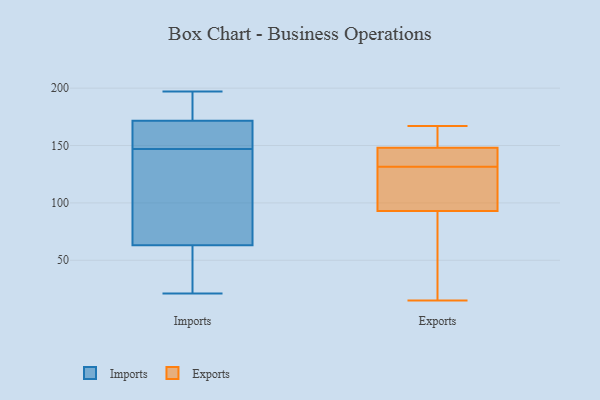
{"axis": {"x": "Latency (ms)", "y": "Value"}, "legend": ["Exports", "Imports"], "data": [{"x": "", "y": 62, "type": "Imports"}, {"x": "", "y": 184, "type": "Imports"}, {"x": "", "y": 197, "type": "Imports"}, {"x": "", "y": 147, "type": "Imports"}, {"x": "", "y": 170, "type": "Imports"}, {"x": "", "y": 35, "type": "Imports"}, {"x": "", "y": 67, "type": "Imports"}, {"x": "", "y": 48, "type": "Imports"}, {"x": "", "y": 163, "type": "Imports"}, {"x": "", "y": 46, "type": "Imports"}, {"x": "", "y": 21, "type": "Imports"}, {"x": "", "y": 64, "type": "Imports"}, {"x": "", "y": 174, "type": "Imports"}, {"x": "", "y": 95, "type": "Imports"}, {"x": "", "y": 164, "type": "Imports"}, {"x": "", "y": 188, "type": "Imports"}, {"x": "", "y": 173, "type": "Imports"}, {"x": "", "y": 147, "type": "Imports"}, {"x": "", "y": 126, "type": "Imports"}, {"x": "", "y": 164, "type": "Imports"}, {"x": "", "y": 93, "type": "Exports"}, {"x": "", "y": 131, "type": "Exports"}, {"x": "", "y": 31, "type": "Exports"}, {"x": "", "y": 136, "type": "Exports"}, {"x": "", "y": 161, "type": "Exports"}, {"x": "", "y": 148, "type": "Exports"}, {"x": "", "y": 15, "type": "Exports"}, {"x": "", "y": 127, "type": "Exports"}, {"x": "", "y": 132, "type": "Exports"}, {"x": "", "y": 32, "type": "Exports"}, {"x": "", "y": 167, "type": "Exports"}, {"x": "", "y": 162, "type": "Exports"}, {"x": "", "y": 136, "type": "Exports"}, {"x": "", "y": 115, "type": "Exports"}]}